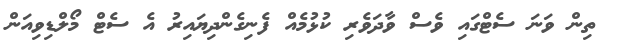
ތިން ވަނަ ސެޓްގައި ވެސް ވާދަވެރި ކުޅުމެއް ފެނިގެންދިޔައިރު އެ ސެޓް މޯލްޑިވިއަން